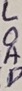
Text: LOAD